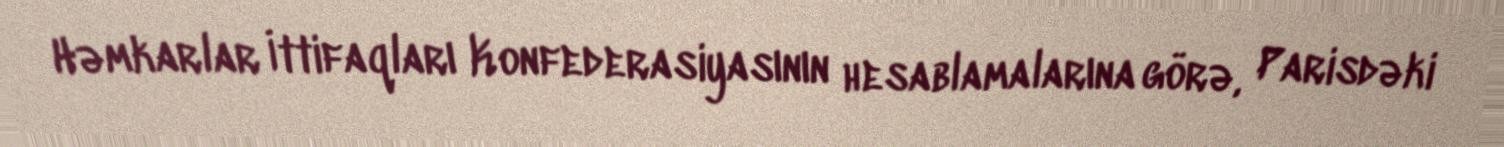
Həmkarlar İttifaqları Konfederasiyasının hesablamalarına görə, Parisdəki